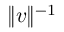
\lVert \boldsymbol { v } \rVert ^ { - 1 }